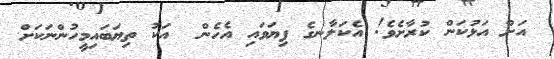
އަށް އަޅުކަން ކުރާށެވެ! އެކަލާނގެ ފިޔަވައި އެހެން  އަކު ތިޔަބައިމީހުންނަކަށް